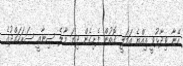
އޭނާ ވިދާޅުވީ އިއްޔެ އަމަލީ ގޮތުން ފެށިގެން ދިޔަ މާލެ ސިނާއީ ސަރަހައްދުގެ